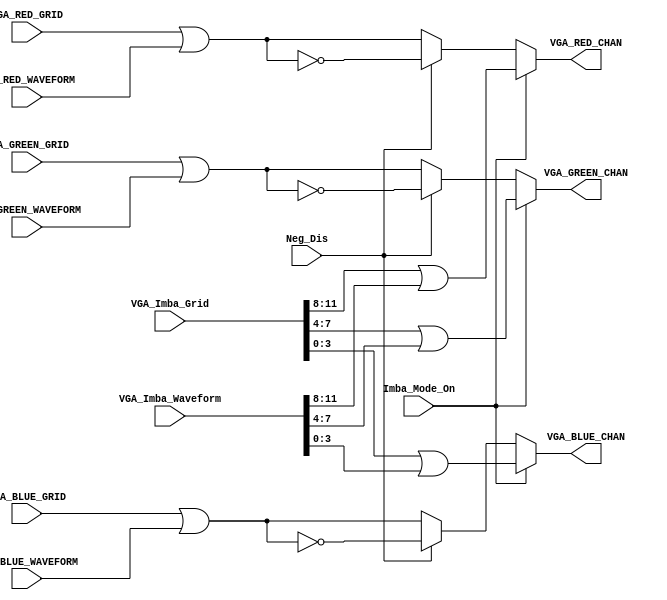
`timescale 1ns / 1ps
//////////////////////////////////////////////////////////////////////////////////
// Company: 
// Engineer: 
// 
// Design Name: 
// Module Name: VGA_Channel_Combo
// Project Name: 
// Target Devices: 
// Tool Versions: 
// Description: 
// 
// Dependencies: 
// 
// Revision:
// Revision 0.01 - File Created
// Additional Comments:
// 
//////////////////////////////////////////////////////////////////////////////////


module VGA_Channel_Combo(
    input Neg_Dis,
    input Imba_Mode_On,
        
    input [3:0] VGA_RED_WAVEFORM, 
    input [3:0] VGA_GREEN_WAVEFORM, 
    input [3:0] VGA_BLUE_WAVEFORM,
    
    input [3:0] VGA_RED_GRID,
    input [3:0] VGA_GREEN_GRID,
    input [3:0] VGA_BLUE_GRID,
    
    input [11:0] VGA_Imba_Grid,
    input [11:0] VGA_Imba_Waveform,
    
    output [3:0] VGA_RED_CHAN,
    output [3:0] VGA_GREEN_CHAN,
    output [3:0] VGA_BLUE_CHAN
    );
    
    // COMBINE ALL OUTPUTS ON EACH CHANNEL 
        
    assign VGA_RED_CHAN = Imba_Mode_On ? (VGA_Imba_Grid[11:8] | VGA_Imba_Waveform[11:8]) : Neg_Dis ? ~(VGA_RED_GRID | VGA_RED_WAVEFORM) : (VGA_RED_GRID | VGA_RED_WAVEFORM);
    assign VGA_GREEN_CHAN = Imba_Mode_On ? (VGA_Imba_Grid[7:4] | VGA_Imba_Waveform[7:4]) : Neg_Dis ? ~(VGA_GREEN_GRID | VGA_GREEN_WAVEFORM) : (VGA_GREEN_GRID | VGA_GREEN_WAVEFORM);
    assign VGA_BLUE_CHAN = Imba_Mode_On ? (VGA_Imba_Grid[3:0]  | VGA_Imba_Waveform[3:0]) : Neg_Dis ? ~(VGA_BLUE_GRID | VGA_BLUE_WAVEFORM) : (VGA_BLUE_GRID | VGA_BLUE_WAVEFORM);
    
endmodule